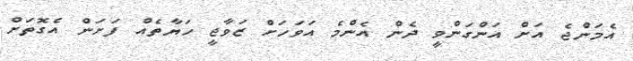
އެމަންޖެ އަށް އަންގަންވީ ދެން އެންމެ އަވަހަށް ޒަވާޖީ ހަޔާތެއް ފަށަން އެގޮތަށް